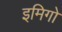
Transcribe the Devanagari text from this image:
इमिगो